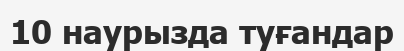
10 наурызда туғандар